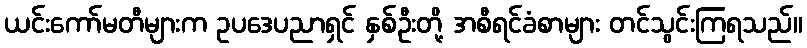
ယင်းကော်မတီများက ဥပဒေပညာရှင် နှစ်ဦးတို့ အစီရင်ခံစာများ တင်သွင်းကြရသည်။